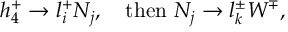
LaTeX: h _ { 4 } ^ { + } \to l _ { i } ^ { + } N _ { j } , ~ ~ ~ \mathrm { t h e n } ~ N _ { j } \to l _ { k } ^ { \pm } W ^ { \mp } ,